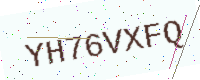
Text: YH76VXFQ